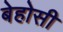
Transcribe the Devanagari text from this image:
बेहोसी